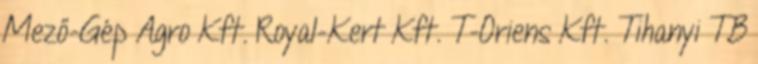
Mező-Gép Agro Kft. Royal-Kert Kft. T-Oriens Kft. Tihanyi TB